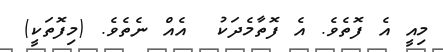
މިއީ އެ ފޮތެވެ. އެ ފޮތާމެދަކު  އެއް ނެތެވެ. (މިފޮތަކީ)